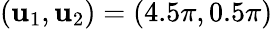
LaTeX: (\mathbf{u}_{1},\mathbf{u}_{2})=(4.5\pi,0.5\pi)